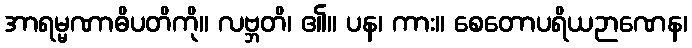
အာရမ္မဏာဓိပတိကို။ လဗ္ဘတိ၊ ၏။ ပန၊ ကား။ စေတောပရိယဉာဏေန၊